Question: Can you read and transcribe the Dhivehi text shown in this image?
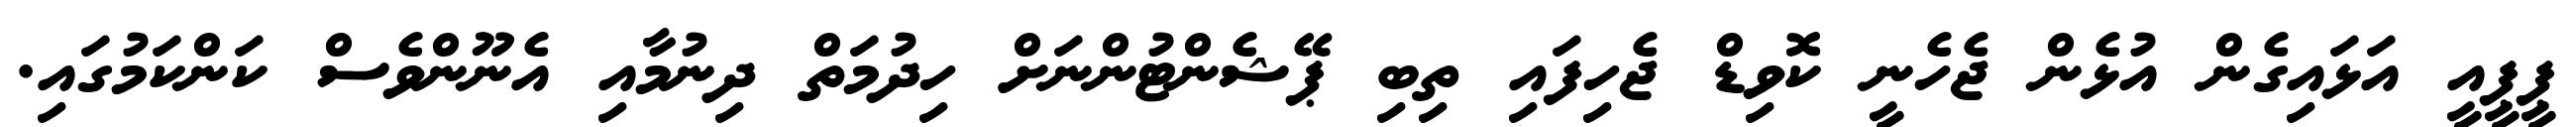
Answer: ޕީޕީއީ އަޅައިގެން އުޅެން ޖެހެނީ ކޮވިޑް ޖެހިފައި ތިބި ޕޭޝެންޓުންނަށް ހިދުމަތް ދިނުމާއި އެނޫންވެސް ކަންކަމުގައި.